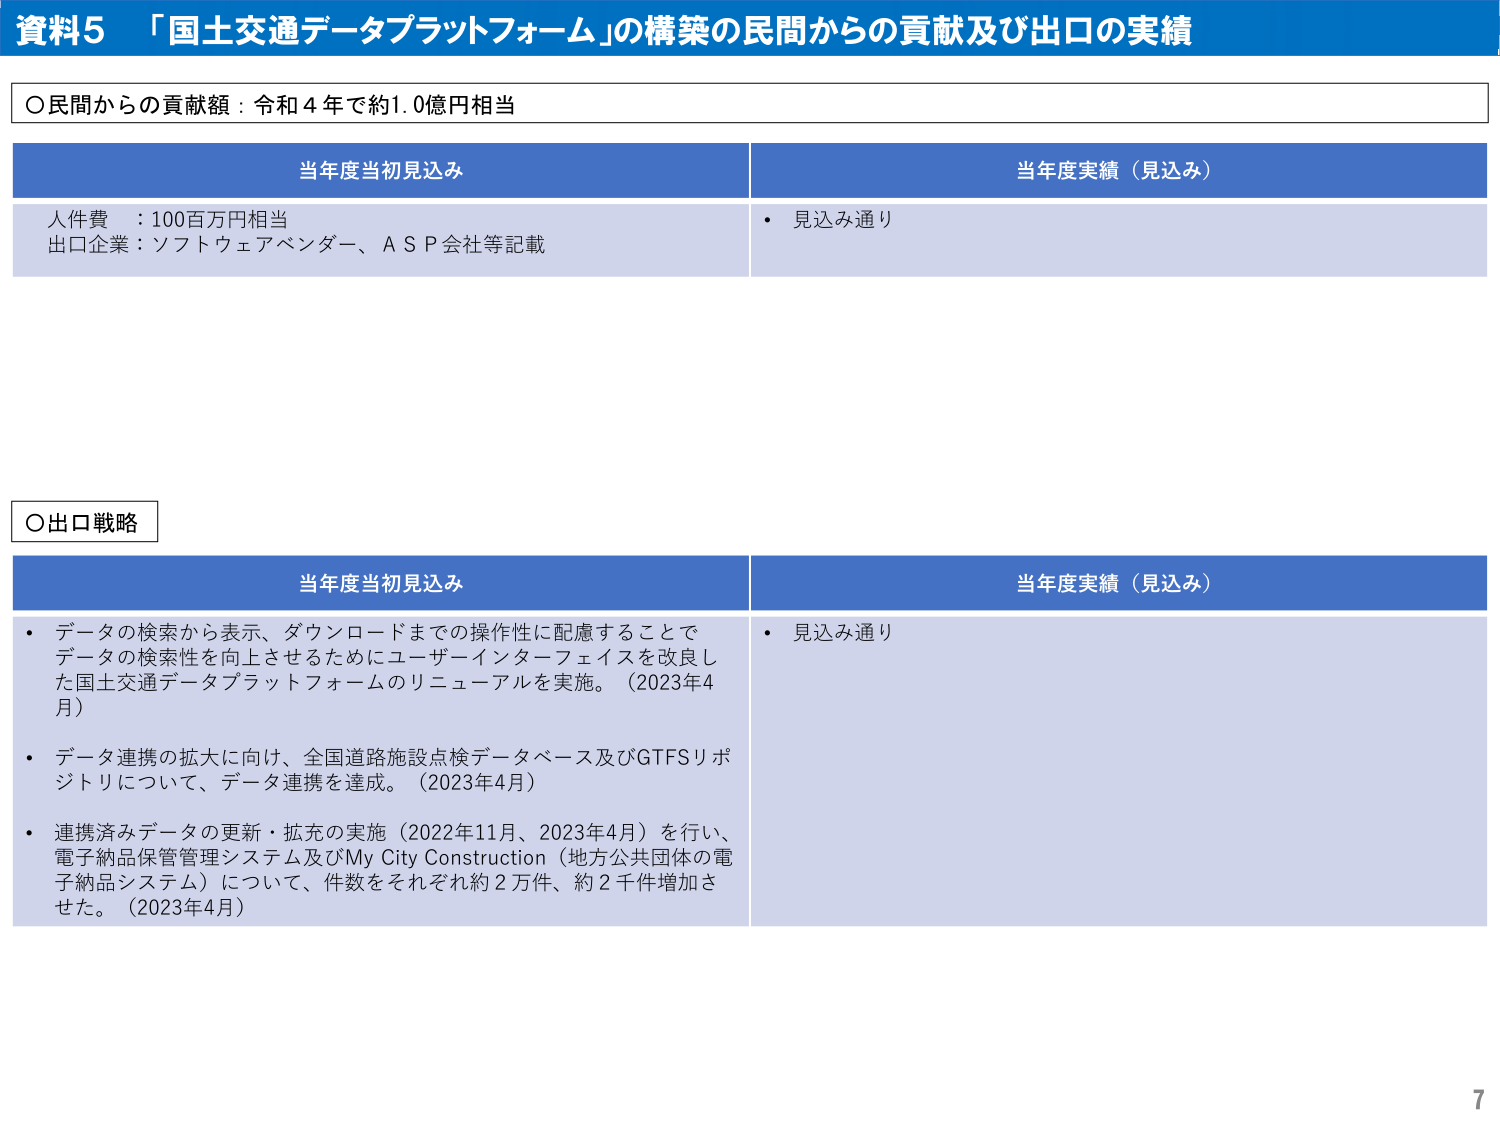
資料5 「国土交通データプラットフォーム」の構築の民間からの貢献及び出口の実績

○民間からの貢献額：令和4年で約1.0億円相当

当年度当初見込み